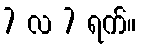
7 လ 7 ရက်။